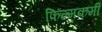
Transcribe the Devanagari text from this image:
फिल्मकर्मी